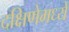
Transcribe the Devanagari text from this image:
दक्षिणेमध्यें